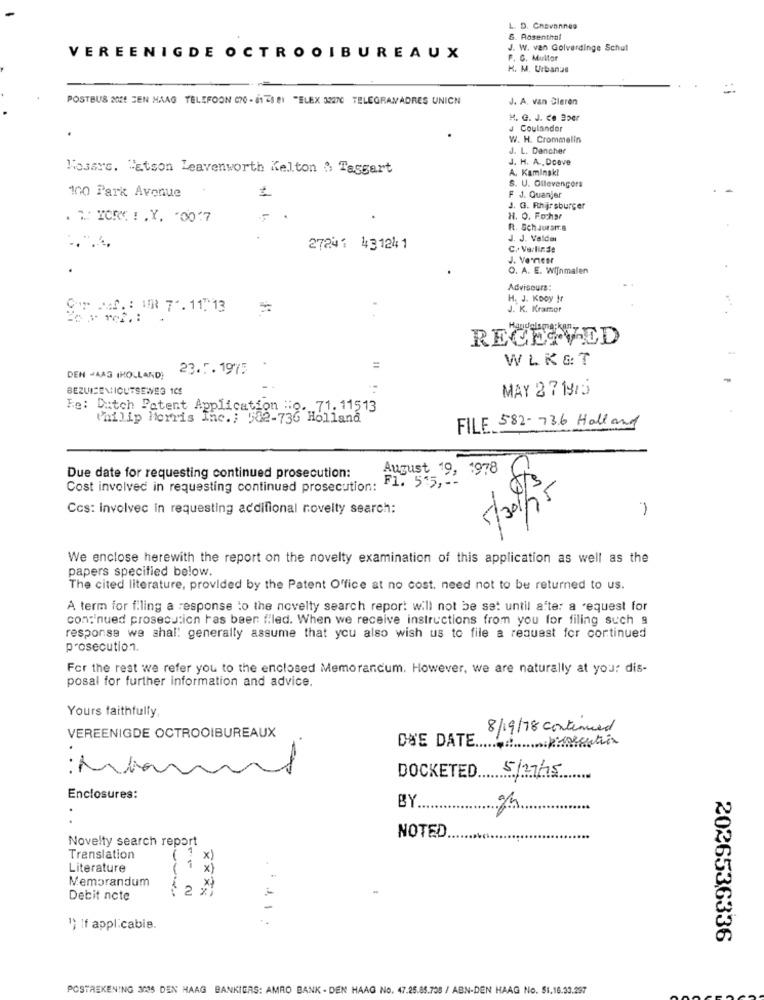
L. D. Chavannes
S. Rosenthal
J. W. van Golverdinge Schut
VEREENIGDE OCTROOIBUREAUX
P. G. Multar
H. M. Urbanas
POSTBUS OME DEN HAAG TELEFOON 070 - 6178 81 "ELEX 32270 TELEGRAMADRES UNICH
J. A. van Cleren
M. G. J. Ce Bper
J Coulandor
W. H. Crommelin
J. L. Dencher
J. H. A ., Dceve
Kosays. "Etson Leavenworth Kelton & Taggart
A. Kaminski
S. U. Ollevengors
100 Park Avenue
F J. Quanjer
J. G. Rhijrsburger
. T .: ICRE ! . Y. - 0017
H. O. F.ochar
R. SchJuramr.a
J. J. Velda
27241 431241
C .. Verlinde
J. Verreer
O. A. E. Wijnmalen
Adviseurs:
H. J. Kooy Ir
Sur JAN. : WER 7". 11.13
=
J. K. Kramer
RECEIVED
WLK&T
23.5. 1975
=
DEN HAAG (HOLLAND)
BEZUICENIOUTSEWEG 1CS
MAY 2 7 1915
Re: Dutch Patent Application :0. 71. 11513
Philip Morris Inc .; 502-736 Holland
FILE 582- 736 Hall and
August 19, 1978
Due date for requesting continued prosecution:
F1. 5'5, --
Cost involved in requesting continued prosecution:
5/30/15
Ccs: involvec in requesting acdifional novelty search:
We enclose herewith the report on the novelty examination of this application as well as the
papers specified below.
The cited literature, provided by the Patent Office at no cost, need not to be returned to us.
A term for f.ling a response to the novelty search report will not be set until after a request for
con:'nued prosecution has been filed. When we receive instructions from you for filing such a
response we shal: generally assume that you also wish us to file a request for continued
prosecution.
For the rest we refer you to the enclosed Memorandum. However, we are naturally at your dis-
posal for further information and advice.
Yours faithfully,
8/19/78 continued
VEREENIGDE OCTROOIBUREAUX
DUE DATE ..
DOCKETED 5/27/15
...
Enclosures:
BY ..
Novelty search report
NOTED
Translation
Literature
1
* X
Memorandum
Debit note
1) If applicabis.
2026536336
POSTREKENING 3036 DEN HAAG BANKIERS: AMRO BANK - DEN HAAG No. 47.25.85.708 / ABN-DEN HAAG No. $1.16.33.297